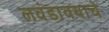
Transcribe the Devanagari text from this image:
लवंडावयाचे